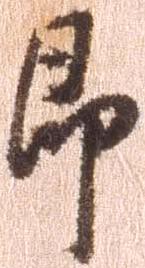
即